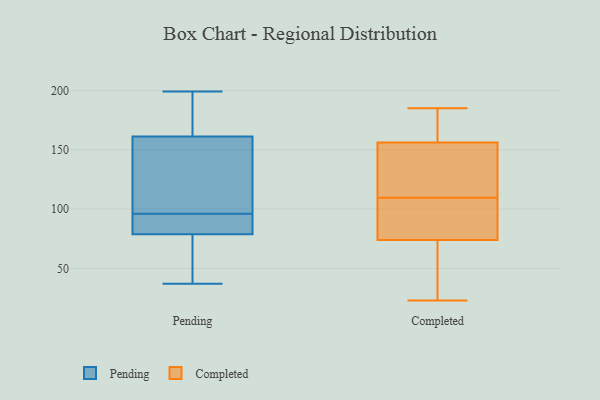
{"axis": {"x": "Revenue (USD Million)", "y": "Value"}, "legend": ["Completed", "Pending"], "data": [{"x": "", "y": 199, "type": "Pending"}, {"x": "", "y": 197, "type": "Pending"}, {"x": "", "y": 129, "type": "Pending"}, {"x": "", "y": 172, "type": "Pending"}, {"x": "", "y": 69, "type": "Pending"}, {"x": "", "y": 90, "type": "Pending"}, {"x": "", "y": 75, "type": "Pending"}, {"x": "", "y": 90, "type": "Pending"}, {"x": "", "y": 115, "type": "Pending"}, {"x": "", "y": 37, "type": "Pending"}, {"x": "", "y": 96, "type": "Pending"}, {"x": "", "y": 78, "type": "Completed"}, {"x": "", "y": 63, "type": "Completed"}, {"x": "", "y": 185, "type": "Completed"}, {"x": "", "y": 127, "type": "Completed"}, {"x": "", "y": 183, "type": "Completed"}, {"x": "", "y": 174, "type": "Completed"}, {"x": "", "y": 50, "type": "Completed"}, {"x": "", "y": 114, "type": "Completed"}, {"x": "", "y": 179, "type": "Completed"}, {"x": "", "y": 105, "type": "Completed"}, {"x": "", "y": 156, "type": "Completed"}, {"x": "", "y": 154, "type": "Completed"}, {"x": "", "y": 23, "type": "Completed"}, {"x": "", "y": 83, "type": "Completed"}, {"x": "", "y": 40, "type": "Completed"}, {"x": "", "y": 125, "type": "Completed"}, {"x": "", "y": 100, "type": "Completed"}, {"x": "", "y": 74, "type": "Completed"}]}